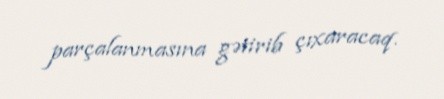
parçalanmasına gətirib çıxaracaq.